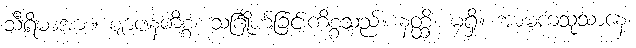
သီရိမာအား။ ဈာပနကိစ္စံ၊ သင်္ဂြိုဟ်ခြင်းကိစ္စသည်။ နတ္ထိ၊ မရှိ။ အာမကသုသာနေ၊